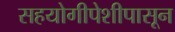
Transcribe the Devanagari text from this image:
सहयोगीपेशीपासून